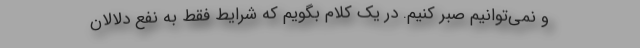
و نمی‌توانیم صبر کنیم. در یک کلام بگویم که شرایط فقط به نفع دلالان